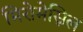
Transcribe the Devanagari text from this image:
मिरोमेस्निल